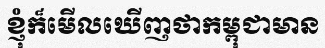
ខ្ញុំក៏មើលឃើញថាកម្ពុជាមាន